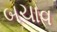
બચાવ